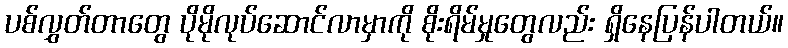
ပစ်လွှတ်တာတွေ ပိုမိုလုပ်ဆောင်လာမှာကို စိုးရိမ်မှုတွေလည်း ရှိနေပြန်ပါတယ်။